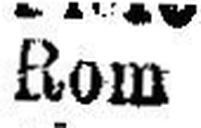
Rom